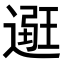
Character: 𨕿